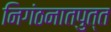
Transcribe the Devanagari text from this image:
निगंठनातपुत्त